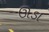
ઊડા